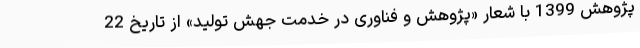
پژوهش 1399 با شعار «پژوهش و فناوری در خدمت جهش تولید» از تاریخ 22